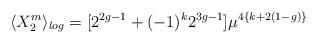
LaTeX: \begin{align*}\langle X_2^m \rangle_{log} = [2^{2g-1} + (-1)^k 2^{3g-1}]\mu^{4\{k+2(1-g)\} }\end{align*}